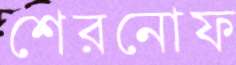
শেরনোফ